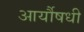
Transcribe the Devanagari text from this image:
आर्यौषधी